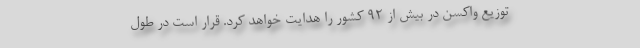
توزیع واکسن در بیش از ۹۲ کشور را هدایت خواهد کرد. قرار است در طول